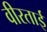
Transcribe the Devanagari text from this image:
वीरताई